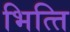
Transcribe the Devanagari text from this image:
भित्‍ति